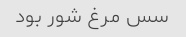
سس مرغ شور بود